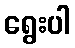
ရွေးပါ